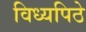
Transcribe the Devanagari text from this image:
विध्यपिठे